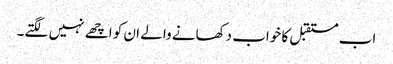
اب مستقبل کا خواب دکھانے والے ان کو اچھے نہیں لگتے۔